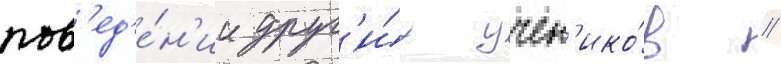
пов'ед'е́н'ии друг'и́х учен'ико́в //